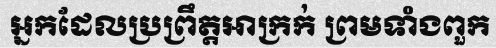
អ្នកដែលប្រព្រឹត្តអាក្រក់ ព្រមទាំងពួក